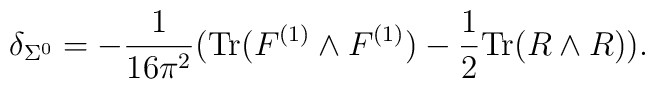
\delta_{\Sigma^0}=-\frac{1}{16\pi^2}(\hbox{Tr}(F^{(1)}\wedge F^{(1)})-\frac{1}{2}\hbox{Tr}(R\wedge R)).